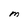
Character: M